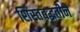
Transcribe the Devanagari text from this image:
शिस्तबद्धतीने